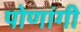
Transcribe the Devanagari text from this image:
पोणांगी